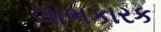
લાભકારક